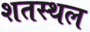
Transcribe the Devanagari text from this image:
शतस्थल